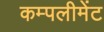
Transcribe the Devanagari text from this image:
कम्पलीमेंट